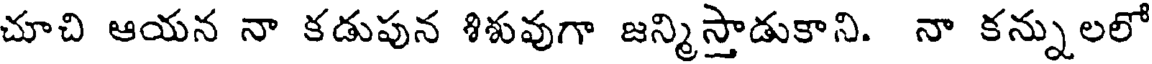
చూచి ఆయన నా కడుపున శిశువుగా జన్మిస్తాడుకాని. నా కన్నులలో